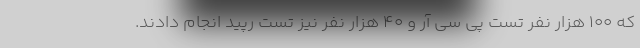
که ۱۰۰ هزار نفر تست پی سی آر و ۴۰ هزار نفر نیز تست رپید انجام دادند.